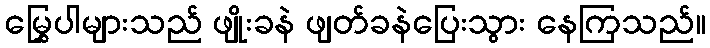
မြွှေပါများသည် ဖျိုးခနဲ ဖျတ်ခနဲပြေးသွား နေကြသည်။